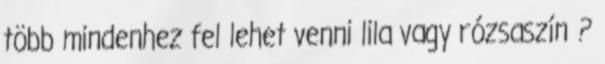
több mindenhez fel lehet venni lila vagy rózsaszín ?